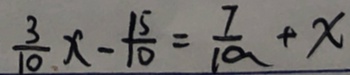
\frac { 3 } { 1 0 } x - \frac { 1 5 } { 1 0 } = \frac { 7 } { 1 0 } + x